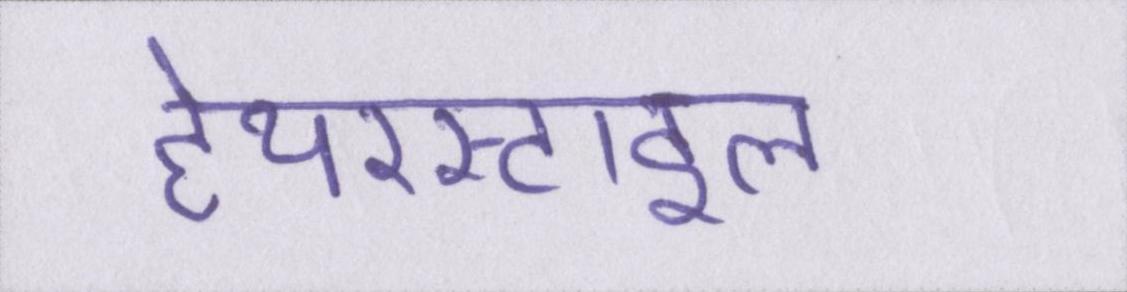
हेयरस्टाइल